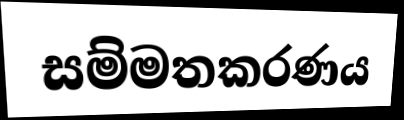
සම්මතකරණය